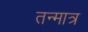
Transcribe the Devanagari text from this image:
तन्मात्र